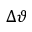
\Delta \vartheta